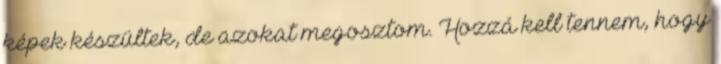
képek készültek, de azokat megosztom. Hozzá kell tennem, hogy